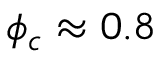
\phi _ { c } \approx 0 . 8